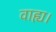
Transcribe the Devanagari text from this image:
वाह्य।